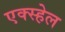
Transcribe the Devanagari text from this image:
एक्स्हेल